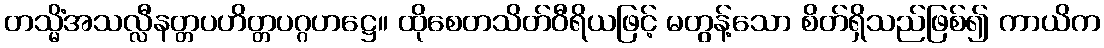
တသ္မိံအသလ္လီနတ္တပဟိတ္တပဂ္ဂဟဋ္ဌေ။ ထိုစေတသိတ်ဝီရိယဖြင့် မတွန့်သော စိတ်ရှိသည်ဖြစ်၍ ကာယိက